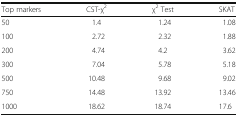
<table><thead><tr><td><b>Top markers</b></td><td><b>CST-χ<sup>2</sup></b></td><td><b>χ<sup>2</sup> Test</b></td><td><b>SKAT</b></td></tr></thead><tbody><tr><td>50</td><td>1.4</td><td>1.24</td><td>1.08</td></tr><tr><td>100</td><td>2.72</td><td>2.32</td><td>1.88</td></tr><tr><td>200</td><td>4.74</td><td>4.2</td><td>3.62</td></tr><tr><td>300</td><td>7.04</td><td>5.78</td><td>5.18</td></tr><tr><td>500</td><td>10.48</td><td>9.68</td><td>9.02</td></tr><tr><td>750</td><td>14.48</td><td>13.92</td><td>13.46</td></tr><tr><td>1000</td><td>18.62</td><td>18.74</td><td>17.6</td></tr></tbody></table>